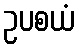
ဥပစယံ